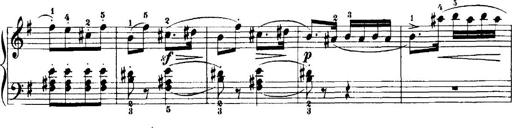
Title: 7 Sonatinas
Composer: Anton Diabelli